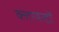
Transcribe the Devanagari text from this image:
क्लायन्टों